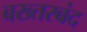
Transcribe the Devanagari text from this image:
बख्‍तरबंद